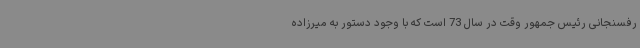
رفسنجانی رئیس جمهور وقت در سال 73 است که با وجود دستور به میرزاده